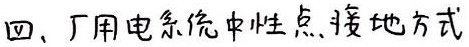
四、厂用电系统中性点接地方式